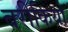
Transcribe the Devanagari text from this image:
बरीकियो